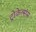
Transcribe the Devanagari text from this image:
ट्रोकेल्संस